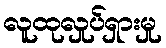
လူထုလှုပ်ရှားမှု